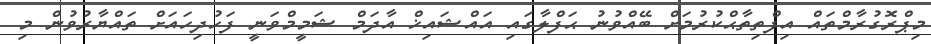
މިޕްރޮގުރާމްތައް އިފްތިތާޙްކުރުމަށް ބޭއްވުނު ޙަފްލާގައި އައްޝައިޚް އާދަމް ޝަމީމްވަނީ ފަހުދިހައަށް ތައްޔާރުވުން މި